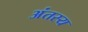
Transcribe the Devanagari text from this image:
अंतस्य